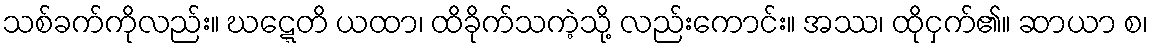
သစ်ခက်ကိုလည်း။ ဃဋ္ဋေတိ ယထာ၊ ထိခိုက်သကဲ့သို့ လည်းကောင်း။ အဿ၊ ထိုငှက်၏။ ဆာယာ စ၊